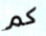
كم